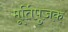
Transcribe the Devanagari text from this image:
मूर्तिपुजक